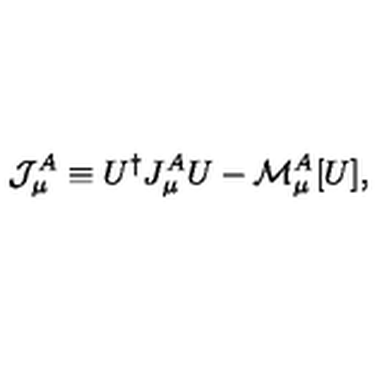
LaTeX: { \mathcal J } _ { \mu } ^ { A } \equiv U ^ { \dagger } J _ { \mu } ^ { A } U - { \mathcal M } _ { \mu } ^ { A } [ U ] ,